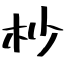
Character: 杪